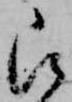
被